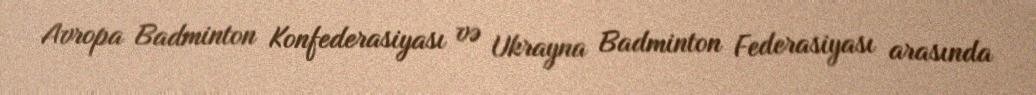
Avropa Badminton Konfederasiyası və Ukrayna Badminton Federasiyası arasında